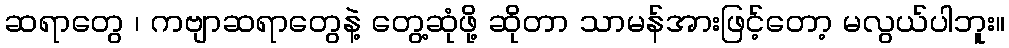
ဆရာတွေ ၊ ကဗျာဆရာတွေနဲ့ တွေ့ဆုံဖို့ ဆိုတာ သာမန်အားဖြင့်တော့ မလွယ်ပါဘူး။